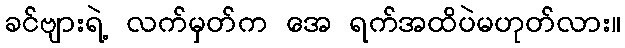
ခင်ဗျားရဲ့ လက်မှတ်က အေ ရက်အထိပဲမဟုတ်လား။